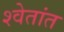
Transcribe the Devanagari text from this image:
श्वेतांत